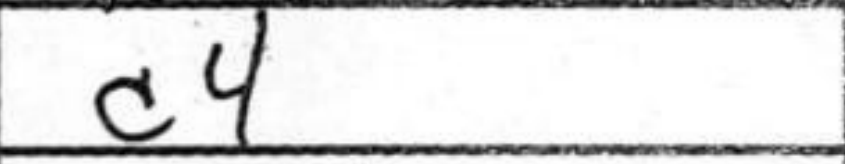
Transcription: c4